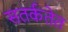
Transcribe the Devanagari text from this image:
सतर्कतेत